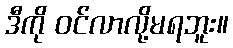
ဒီကို ဝင်လာလို့မရဘူး။